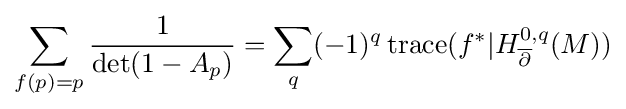
\sum _{f(p)=p}{\frac {1}{\det(1-A_{p})}}=\sum _{q}(-1)^{q}\operatorname {trace} (f^{*}|H_{\overline {\partial }}^{0,q}(M))